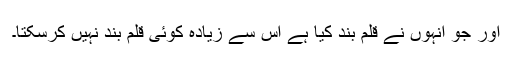
اور جو انہوں نے قلم بند کیا ہے اس سے زیادہ کوئی قلم بند نہیں کرسکتا۔